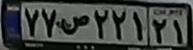
۷۷ص۲۲۱۲۱